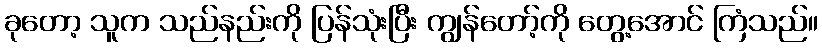
ခုတော့ သူက သည်နည်းကို ပြန်သုံးပြီး ကျွန်တော့်ကို တွေ့အောင် ကြံသည်။